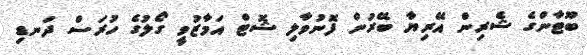
ބޫޓާންގެ ޝެރިން އޭރިޔާ ބޭރުން ފޮނުވާލި ޝޮޓް އަމާޒުވީ ގޯލުގެ ހުރަސް ދަނޑި